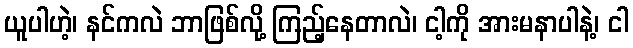
ယူပါဟဲ့၊ နင်ကလဲ ဘာဖြစ်လို့ ကြည့်နေတာလဲ၊ ငါ့ကို အားမနာပါနဲ့၊ ငါ